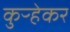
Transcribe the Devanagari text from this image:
कुऱ्हेकर